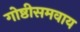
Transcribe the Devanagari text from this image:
गोष्ठीसमवाय